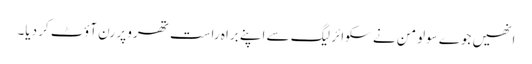
انھیں جوے سولومن نے سکوائر لیگ سے اپنے براہ راست تھرو پر رن آؤٹ کر دیا۔